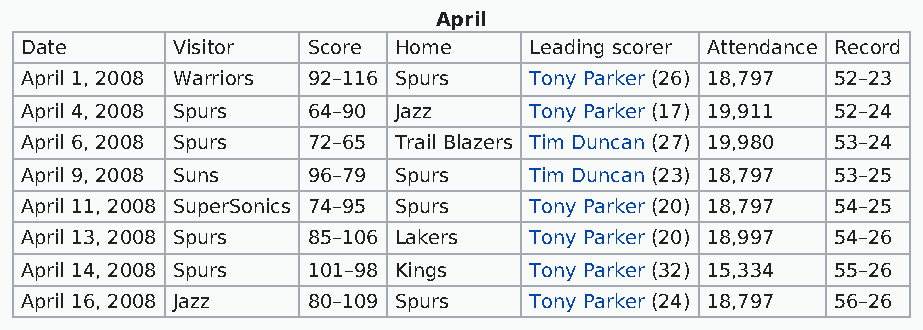
April
 Date      Visitor  Score Home     Leading scorer Attendance Record
 April 1, 2008 Warriors 92–116 Spurs Tony Parker (26) 18,797 52–23
 April 4, 2008 Spurs 64–90 Jazz    Tony Parker (17) 19,911 52–24
 April 6, 2008 Spurs 72–65 Trail Blazers Tim Duncan (27) 19,980 53–24
 April 9, 2008 Suns 96–79 Spurs    Tim Duncan (23) 18,797 53–25
 April 11, 2008 SuperSonics 74–95 Spurs Tony Parker (20) 18,797 54–25
 April 13, 2008 Spurs 85–106 Lakers Tony Parker (20) 18,997 54–26
 April 14, 2008 Spurs 101–98 Kings Tony Parker (32) 15,334 55–26
 April 16, 2008 Jazz 80–109 Spurs  Tony Parker (24) 18,797 56–26